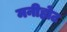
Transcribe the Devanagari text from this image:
मनीहोट